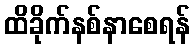
ထိခိုက်နစ်နာစေရန်